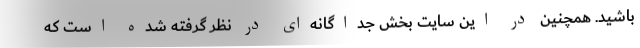
باشید. همچنین در این سایت بخش جداگانه‌ای در نظر گرفته شده است که